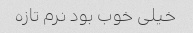
خیلی خوب بود نرم تازه